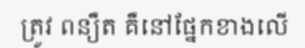
ត្រូវ ពន្យឺត គឺនៅផ្នែកខាងលើ